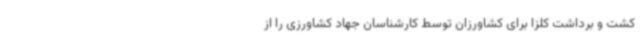
کشت و برداشت کلزا برای کشاورزان توسط کارشناسان جهاد کشاورزی را از